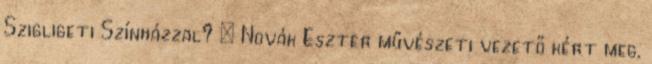
Szigligeti Színházzal? – Novák Eszter művészeti vezető kért meg,